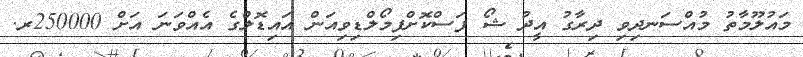
މައުލޫމާތު މުއްސަނދިވި ދިރާގު އީދު ޝޯ ފަސްކޮށްފިމޯލްޑިވިއަން އައިޑޮލްގެ އެއްވަނަ އަށް 250000ރ.